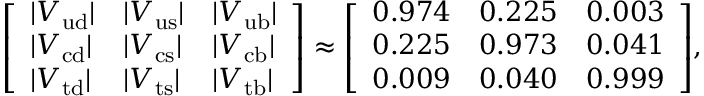
{ \left[ \begin{array} { l l l } { | V _ { \mathrm { u d } } | } & { | V _ { \mathrm { u s } } | } & { | V _ { \mathrm { u b } } | } \\ { | V _ { \mathrm { c d } } | } & { | V _ { \mathrm { c s } } | } & { | V _ { \mathrm { c b } } | } \\ { | V _ { \mathrm { t d } } | } & { | V _ { \mathrm { t s } } | } & { | V _ { \mathrm { t b } } | } \end{array} \right] } \approx { \left[ \begin{array} { l l l } { 0 . 9 7 4 } & { 0 . 2 2 5 } & { 0 . 0 0 3 } \\ { 0 . 2 2 5 } & { 0 . 9 7 3 } & { 0 . 0 4 1 } \\ { 0 . 0 0 9 } & { 0 . 0 4 0 } & { 0 . 9 9 9 } \end{array} \right] } ,